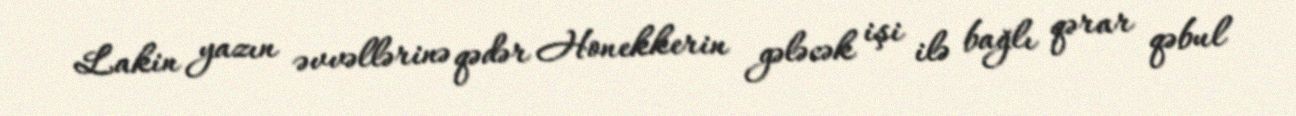
Lakin yazın əvvəllərinə qədər Honekkerin gələcək işi ilə bağlı qərar qəbul